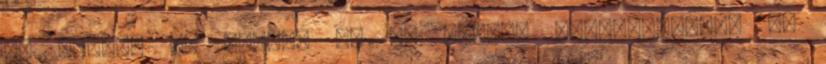
PP külső, PP belső, 50 mm gerinc Iratrendezők, PP